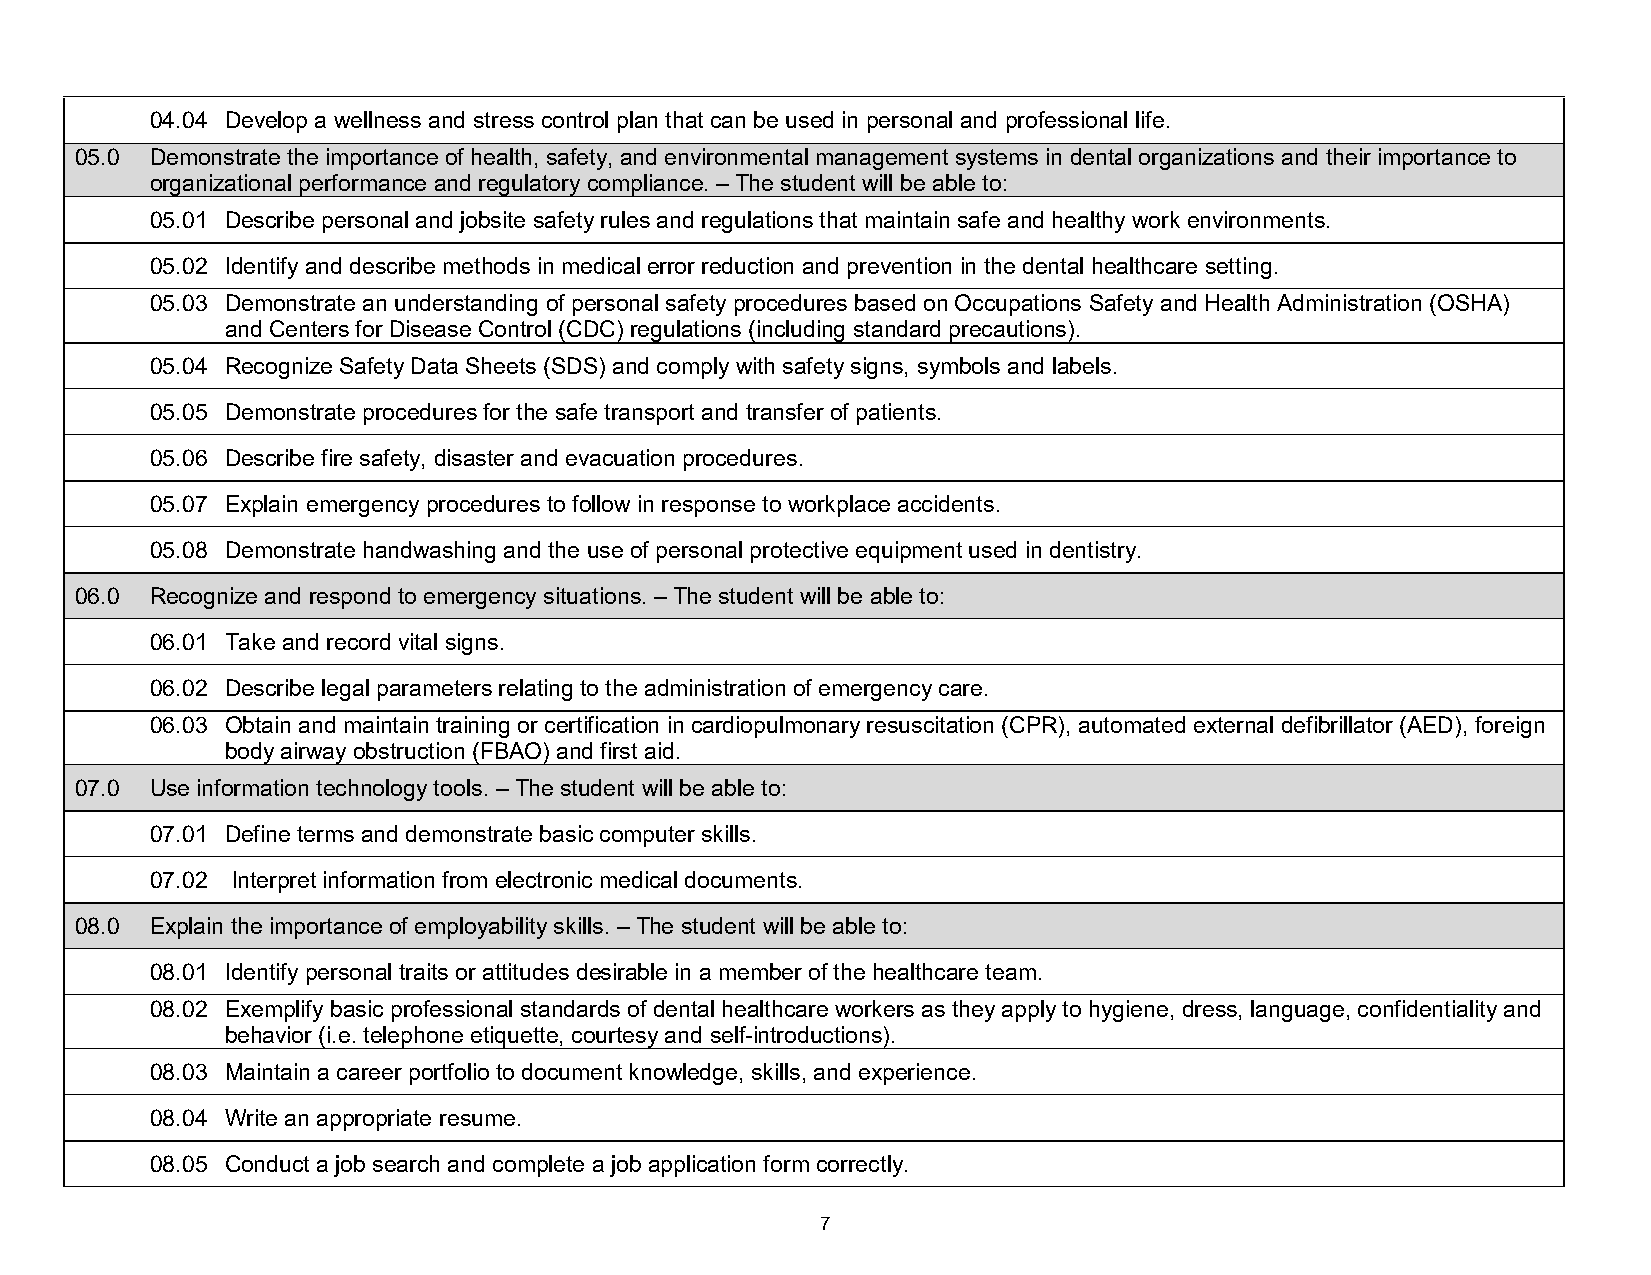
04.04 Develop a wellness and stress control plan that can be used in personal and professional life.
 05.0 Demonstrate the importance of health, safety, and environmental management systems in dental organizations and their importance to
 organizational performance and regulatory compliance. – The student will be able to:
 05.01 Describe personal and jobsite safety rules and regulations that maintain safe and healthy work environments.
 05.02 Identify and describe methods in medical error reduction and prevention in the dental healthcare setting.
 05.03 Demonstrate an understanding of personal safety procedures based on Occupations Safety and Health Administration (OSHA)
 and Centers for Disease Control (CDC) regulations (including standard precautions).
 05.04 Recognize Safety Data Sheets (SDS) and comply with safety signs, symbols and labels.
 05.05 Demonstrate procedures for the safe transport and transfer of patients.
 05.06 Describe fire safety, disaster and evacuation procedures.
 05.07 Explain emergency procedures to follow in response to workplace accidents.
 05.08 Demonstrate handwashing and the use of personal protective equipment used in dentistry.
 06.0 Recognize and respond to emergency situations. – The student will be able to:
 06.01 Take and record vital signs.
 06.02 Describe legal parameters relating to the administration of emergency care.
 06.03 Obtain and maintain training or certification in cardiopulmonary resuscitation (CPR), automated external defibrillator (AED), foreign
 body airway obstruction (FBAO) and first aid.
 07.0 Use information technology tools. – The student will be able to:
 07.01 Define terms and demonstrate basic computer skills.
 07.02 Interpret information from electronic medical documents.
 08.0 Explain the importance of employability skills. – The student will be able to:
 08.01 Identify personal traits or attitudes desirable in a member of the healthcare team.
 08.02 Exemplify basic professional standards of dental healthcare workers as they apply to hygiene, dress, language, confidentiality and
 behavior (i.e. telephone etiquette, courtesy and self-introductions).
 08.03 Maintain a career portfolio to document knowledge, skills, and experience.
 08.04 Write an appropriate resume.
 08.05 Conduct a job search and complete a job application form correctly.
 7